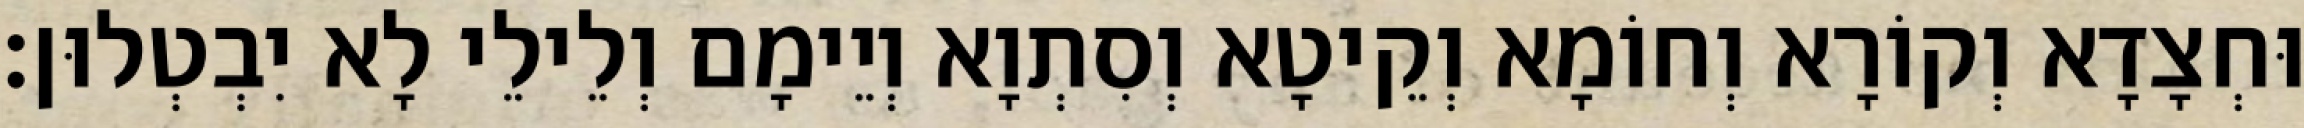
וּחְצָדָא וְקוֹרָא וְחוֹמָא וְקֵיטָא וְסִתְוָא וְיֵימָם וְלֵילֵי לָא יִבְטְלוּן׃